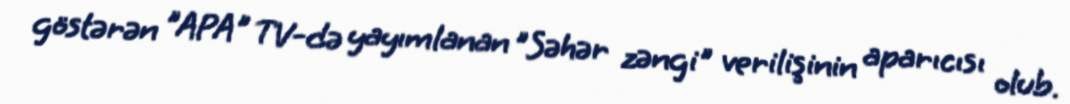
göstərən "APA" TV-də yayımlanan "Səhər zəngi" verilişinin aparıcısı olub.